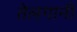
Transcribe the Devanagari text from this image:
तेलगानी